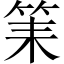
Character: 筙